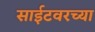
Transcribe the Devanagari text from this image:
साईटवरच्या